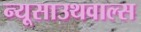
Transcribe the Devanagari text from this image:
न्यूसाउथवाल्स